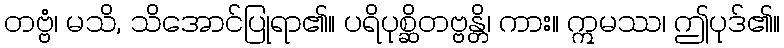
တဗ္ဗံ၊ မသိ, သိအောင်ပြုရာ၏။ ပရိပုစ္ဆိတဗ္ဗန္တိ၊ ကား။ ဣမဿ၊ ဤပုဒ်၏။